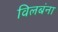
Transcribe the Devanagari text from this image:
विलबंना